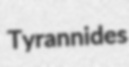
Tyrannides